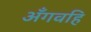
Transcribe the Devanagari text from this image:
अँगवहि